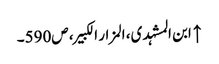
↑ ابن المشہدی، المزار الکبیر، ص590۔